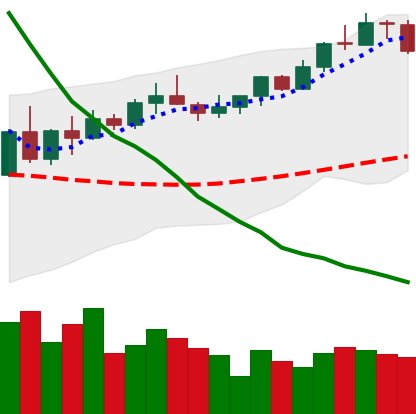
Ticker: XMR-USD
Chart end date: 2022-03-31
Forward return: 4.556%
Label: up_3_5